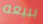
ببيعه